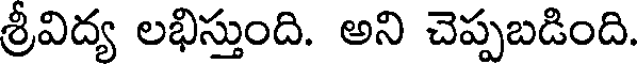
శ్రీవిద్య లభిస్తుంది. అని చెప్పబడింది.